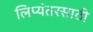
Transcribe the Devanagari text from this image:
लिप्यंतरसाठी